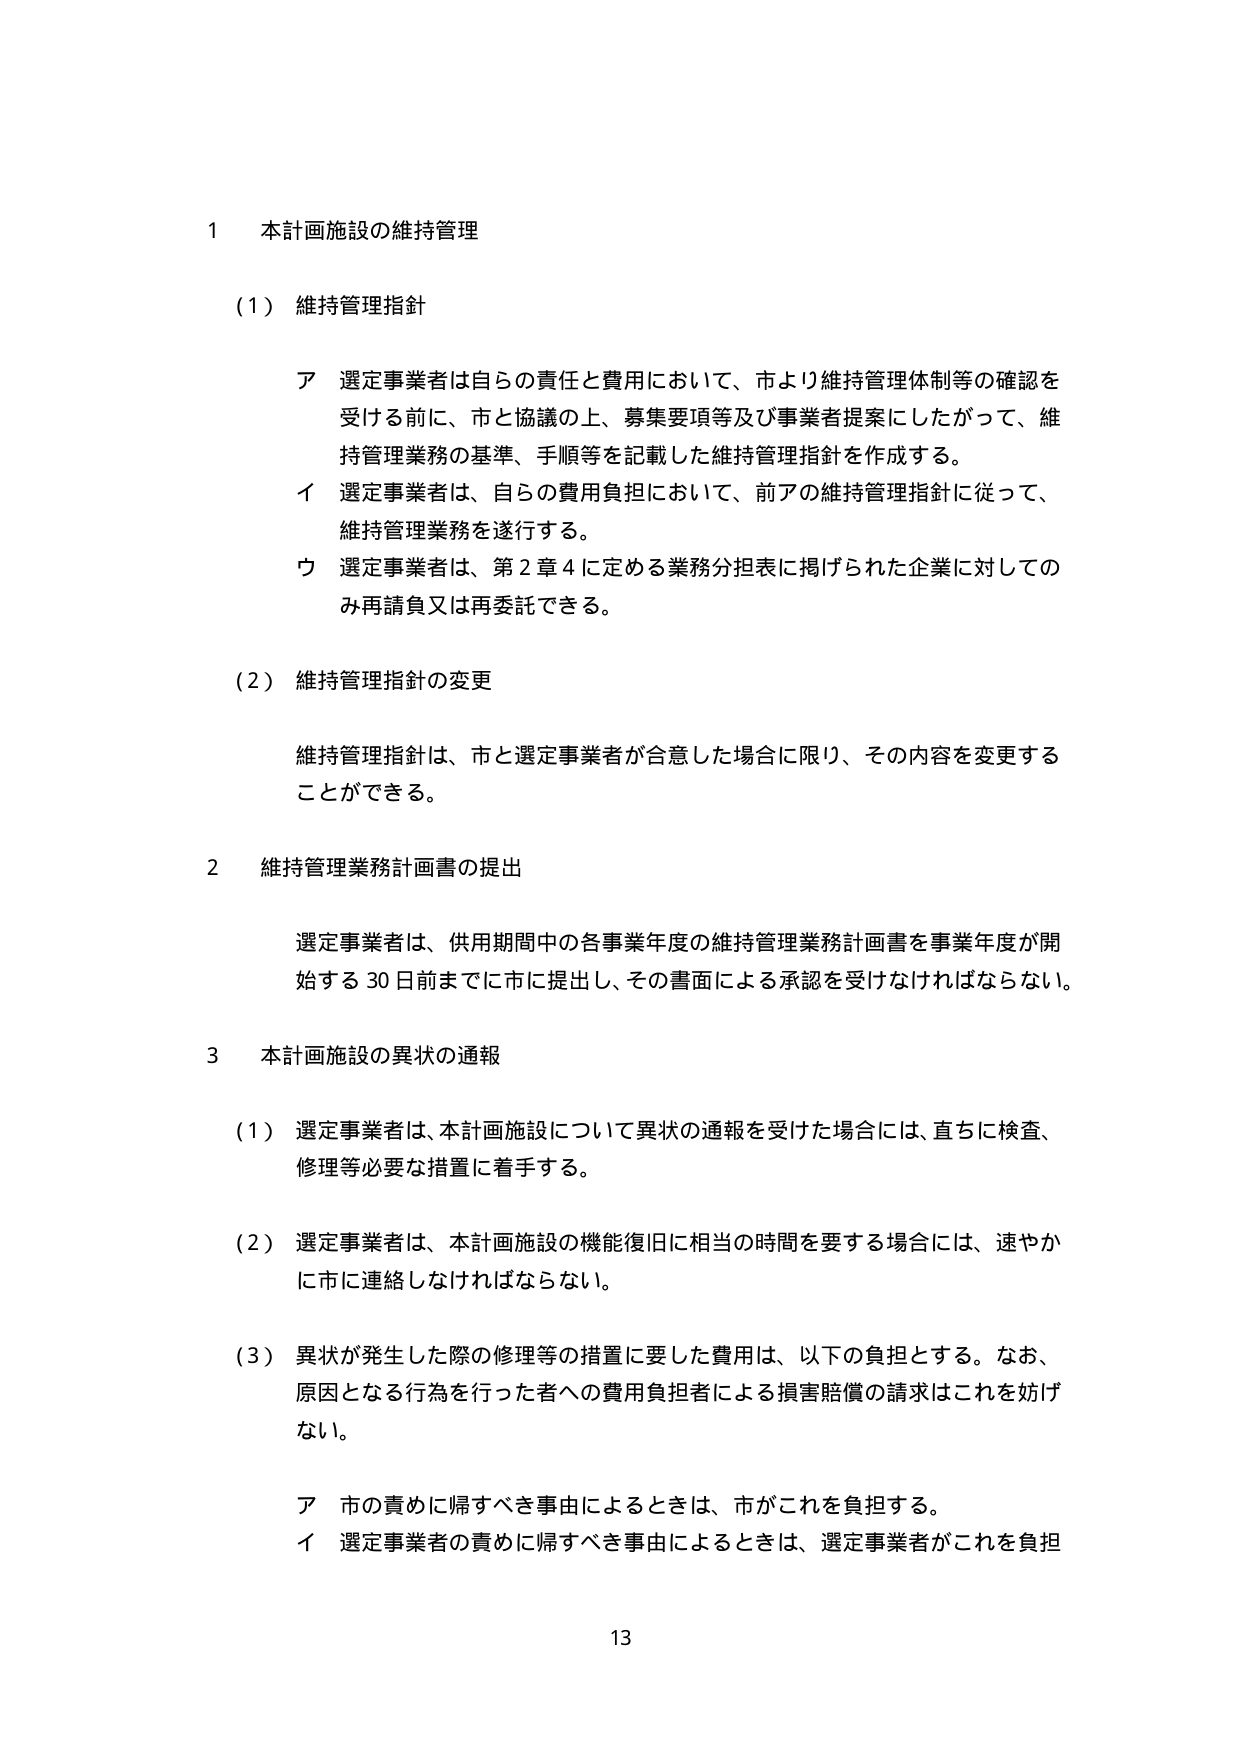
1 本計画施設の維持管理

（1）維持管理指針

ア 選定事業者は自らの責任と費用において、市より維持管理体制等の確認を
受ける前に、市と協議の上、募集要項等及び事業者提案にしたがって、維
持管理業務の基準、手順等を記載した維持管理指針を作成する。
イ 選定事業者は、自らの費用負担において、前アの維持管理指針に従って、
維持管理業務を遂行する。
ウ 選定事業者は、第2章4に定める業務分担表に掲げられた企業に対しての
み再請負又は再委託できる。

（2）維持管理指針の変更

維持管理指針は、市と選定事業者が合意した場合に限り、その内容を変更する
ことができる。

2 維持管理業務計画書の提出

選定事業者は、供用期間中の各事業年度の維持管理業務計画書を事業年度が開
始する30日前までに市に提出し、その書面による承認を受けなければならない。

3 本計画施設の異状の通報

（1）選定事業者は、本計画施設について異状の通報を受けた場合には、直ちに検査、
修理等必要な措置に着手する。

（2）選定事業者は、本計画施設の機能復旧に相当の時間を要する場合には、速やか
に市に連絡しなければならない。

（3）異状が発生した際の修理等の措置に要した費用は、以下の負担とする。なお、
原因となる行為を行った者への費用負担者による損害賠償の請求はこれを妨げ
ない。

ア 市の責めに帰すべき事由によるときは、市がこれを負担する。
イ 選定事業者の責めに帰すべき事由によるときは、選定事業者がこれを負担

13